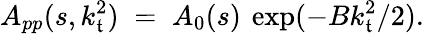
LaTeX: A_{pp}(s,k_{\mathfrak{t}}^{2})\; =\; A_{0}(s)\: \exp(-Bk_{\mathfrak{t}}^{2}/2).